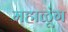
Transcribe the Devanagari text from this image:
महाळूंग